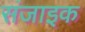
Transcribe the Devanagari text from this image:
संजाइक